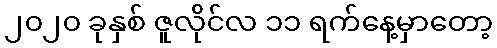
၂၀၂၀ ခုနှစ် ဇူလိုင်လ ၁၁ ရက်နေ့မှာတော့